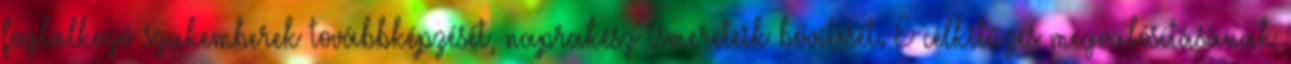
foglalkozó szakemberek továbbképzését, naprakész ismereteik bővítését. E célkitűzés megvalósításának